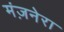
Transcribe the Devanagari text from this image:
मंज़नेरा